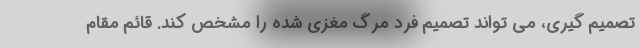
تصمیم گیری، می تواند تصمیم فرد مرگ مغزی شده را مشخص کند. قائم مقام